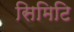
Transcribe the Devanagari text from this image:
सिमिटि